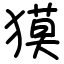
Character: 獏